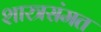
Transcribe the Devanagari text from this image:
शास्त्रसंमत